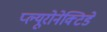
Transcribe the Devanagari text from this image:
प्ल्यूरोनेक्टिडे